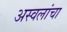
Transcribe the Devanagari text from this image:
अस्वलांचा